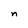
Character: n